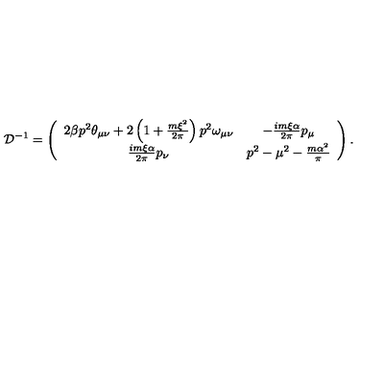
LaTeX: { \cal D } ^ { - 1 } = \left( \begin{array} { c c } { 2 \beta p ^ { 2 } \theta _ { \mu \nu } + 2 \left( 1 + \frac { m \xi ^ { 2 } } { 2 \pi } \right) p ^ { 2 } \omega _ { \mu \nu } } & { - \frac { i m \xi \alpha } { 2 \pi } p _ { \mu } } \\ { \frac { i m \xi \alpha } { 2 \pi } p _ { \nu } } & { p ^ { 2 } - \mu ^ { 2 } - \frac { m \alpha ^ { 2 } } { \pi } } \\ \end{array} \right) .